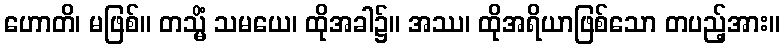
ဟောတိ၊ မဖြစ်။ တသ္မိံ သမယေ၊ ထိုအခါ၌။ အဿ၊ ထိုအရိယာဖြစ်သော တပည့်အား။